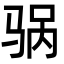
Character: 䯄